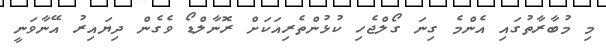
މި މުބާރާތުގައި އެންމެ ގިނަ ގޯލްޖެހި ކުޅުންތެރިއަކަށް ރޮނާލްޑޯ ވެގެން ދިޔައިރު އޭނާވަނީ